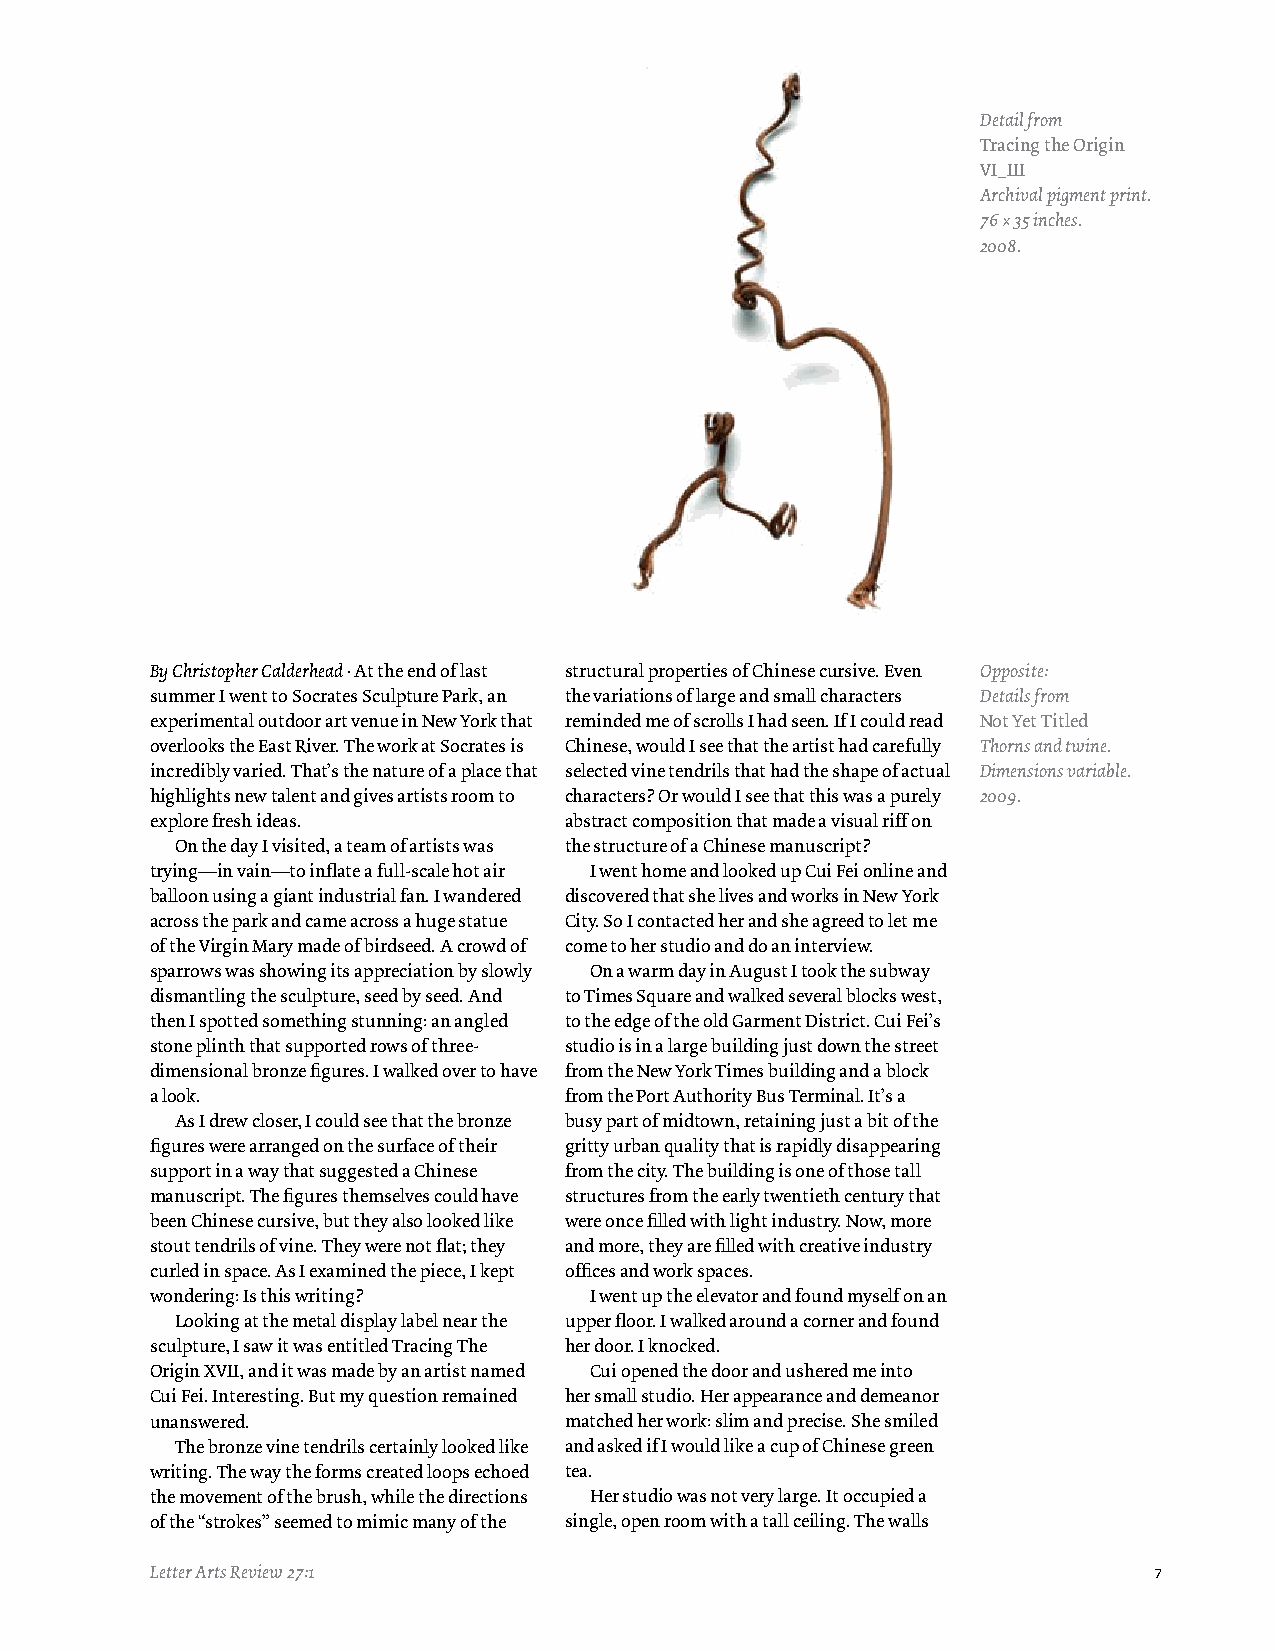
Detail from
 Tracing the Origin
 VI_III
 Archival pigment print.
 76 × 35 inches.
 2008.
 By Christopher Calderhead . At the end of last structural properties of Chinese cursive. Even Opposite:
 summer I went to Socrates Sculpture Park, an the variations of large and small characters Details from
 experimental outdoor art venue in New York that reminded me of scrolls I had seen. If I could read Not Yet Titled
 overlooks the East River. The work at Socrates is Chinese, would I see that the artist had carefully Thorns and twine.
 incredibly varied. That’s the nature of a place that selected vine tendrils that had the shape of actual Dimensions variable.
 highlights new talent and gives artists room to characters? Or would I see that this was a purely 2009.
 explore fresh ideas.       abstract composition that made a visual riff on
 On the day I visited, a team of artists was the structure of a Chinese manuscript?
 trying—in vain—to inflate a full-scale hot air I went home and looked up Cui Fei online and
 balloon using a giant industrial fan. I wandered discovered that she lives and works in New York
 across the park and came across a huge statue City. So I contacted her and she agreed to let me
 of the Virgin Mary made of birdseed. A crowd of come to her studio and do an interview.
 sparrows was showing its appreciation by slowly On a warm day in August I took the subway
 dismantling the sculpture, seed by seed. And to Times Square and walked several blocks west,
 then I spotted something stunning: an angled to the edge of the old Garment District. Cui Fei’s
 stone plinth that supported rows of three- studio is in a large building just down the street
 dimensional bronze figures. I walked over to have from the New York Times building and a block
 a look.                    from the Port Authority Bus Terminal. It’s a
 As I drew closer, I could see that the bronze busy part of midtown, retaining just a bit of the
 figures were arranged on the surface of their gritty urban quality that is rapidly disappearing
 support in a way that suggested a Chinese from the city. The building is one of those tall
 manuscript. The figures themselves could have structures from the early twentieth century that
 been Chinese cursive, but they also looked like were once filled with light industry. Now, more
 stout tendrils of vine. They were not flat; they and more, they are filled with creative industry
 curled in space. As I examined the piece, I kept offices and work spaces.
 wondering: Is this writing?  I went up the elevator and found myself on an
 Looking at the metal display label near the upper floor. I walked around a corner and found
 sculpture, I saw it was entitled Tracing The her door. I knocked.
 Origin XVII, and it was made by an artist named Cui opened the door and ushered me into
 Cui Fei. Interesting. But my question remained her small studio. Her appearance and demeanor
 unanswered.                matched her work: slim and precise. She smiled
 The bronze vine tendrils certainly looked like and asked if I would like a cup of Chinese green
 writing. The way the forms created loops echoed tea.
 the movement of the brush, while the directions Her studio was not very large. It occupied a
 of the “strokes” seemed to mimic many of the single, open room with a tall ceiling. The walls
 Letter Arts Review 27:1                                           7